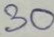
30